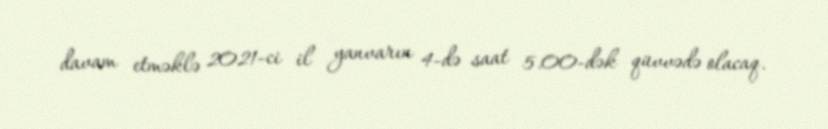
davam etməklə 2021-ci il yanvarın 4-də saat 5.00-dək qüvvədə olacaq.